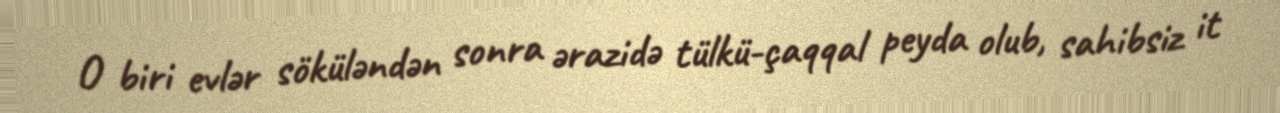
O biri evlər söküləndən sonra ərazidə tülkü-çaqqal peyda olub, sahibsiz it